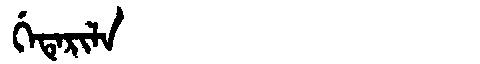
Manchu: ᡤᡝᡨᡝᡵᡳᠯᠠ
Romanization: GETERILA